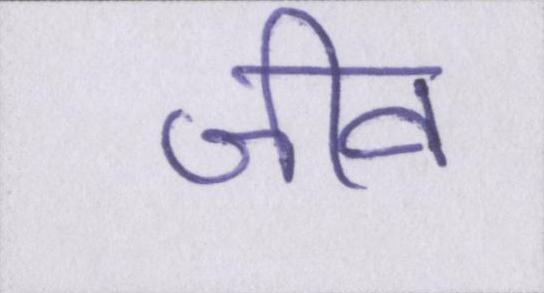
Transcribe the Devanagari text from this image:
जीव